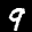
Label: 9